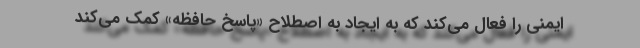
ایمنی را فعال می‌کند که به ایجاد به اصطلاح «پاسخ حافظه» کمک می‌کند